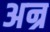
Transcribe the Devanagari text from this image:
अन्र